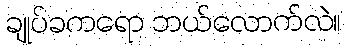
ချုပ်ခကရော ဘယ်လောက်လဲ။